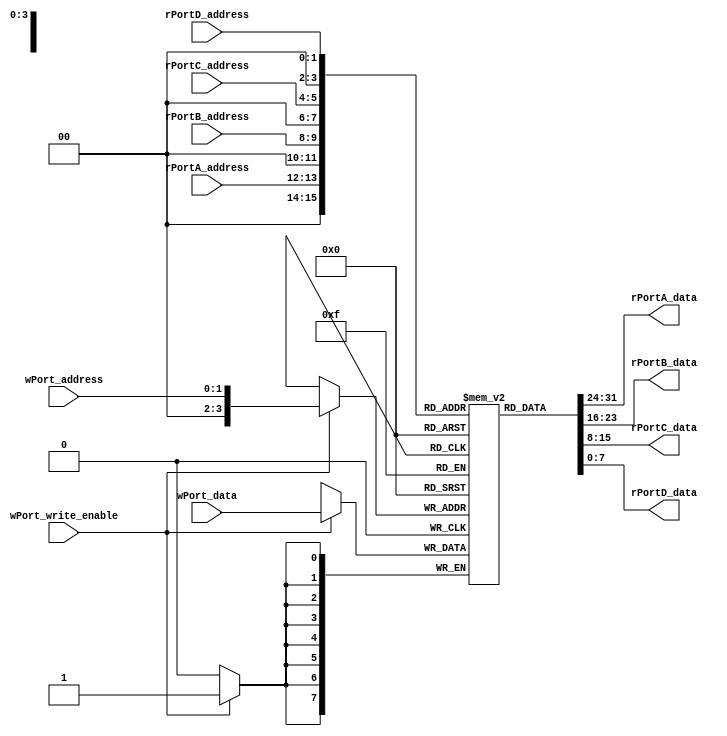
module MemoryBlocks #(
  parameter NUM_REGISTERS = 16,
  parameter DATA_WIDTH = 8
)(
  input [1:0] rPortA_address,
  input [1:0] rPortB_address,
  input [1:0] rPortC_address,
  input [1:0] rPortD_address,
  input [1:0] wPort_address,
  input [DATA_WIDTH-1:0] wPort_data,
  input wPort_write_enable,
  output reg [DATA_WIDTH-1:0] rPortA_data,
  output reg [DATA_WIDTH-1:0] rPortB_data,
  output reg [DATA_WIDTH-1:0] rPortC_data,
  output reg [DATA_WIDTH-1:0] rPortD_data
);

reg [DATA_WIDTH-1:0] registers [0:NUM_REGISTERS-1];

always @(*)
begin
  rPortA_data = registers[rPortA_address];
  rPortB_data = registers[rPortB_address];
  rPortC_data = registers[rPortC_address];
  rPortD_data = registers[rPortD_address];
end

always @(posedge clk)
begin
  if(wPort_write_enable)
  begin
    registers[wPort_address] <= wPort_data;
  end
end

endmodule